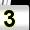
Digit: 3